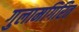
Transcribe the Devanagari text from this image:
गुलामगिरित